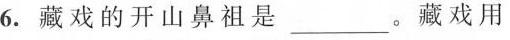
6.藏戏的开山鼻祖是___。藏戏用